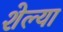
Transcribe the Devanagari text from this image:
शेल्या